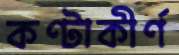
কণ্টাকীর্ণ